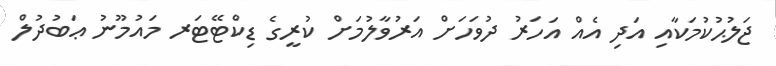
ޖަލުޙުކުމަކާއި އަދި އެއް އަހަރު ދުވަހަށް އަރުވާލުމަށް ކުރީގެ ޑިކްޓޭޓަރ މައުމޫނު ޢަބުދުލް